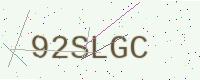
Text: 92SLGC